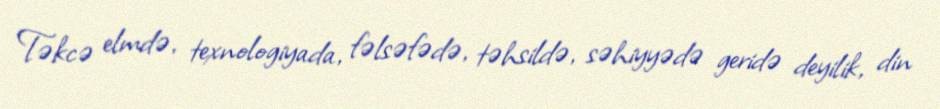
Təkcə elmdə, texnologiyada, fəlsəfədə, təhsildə, səhiyyədə geridə deyilik, din